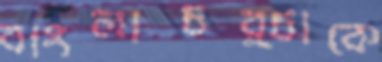
বাংলাচর্চাকে